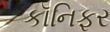
કૉનિફર